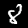
Label: 8